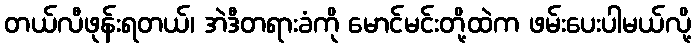
တယ်လီဖုန်းရတယ်၊ အဲဒီတရားခံကို မောင်မင်းတို့ထဲက ဖမ်းပေးပါမယ်လို့